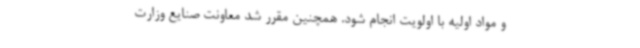
و مواد اولیه با اولویت انجام شود. همچنین مقرر شد معاونت صنایع وزارت